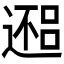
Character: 𬩀